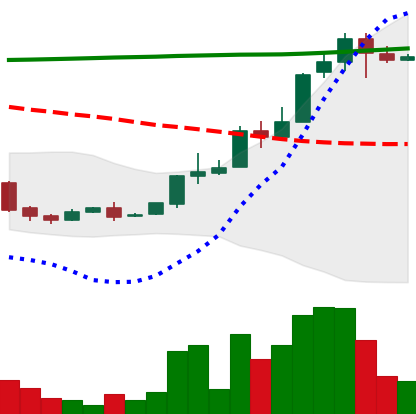
Ticker: XLM-USD
Chart end date: 2018-04-23
Forward return: 15.261%
Label: up_7plus